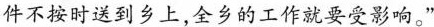
件不按时送到乡上，全乡的工作就要受影响。”